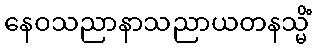
နေဝသညာနာသညာယတနသ္မိံ